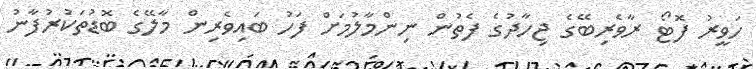
ހަވީރު ފޮޓޯ ރާވެރިބޭގެ ޖިހާދުގެ ފެތުން ނިންމާލުމަށް ފަހު ބައިވެރިން މާލޭގެ ބޮޑުތަކުރުފާނު